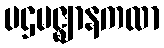
ပဌမဇ္ဈာနကထာ